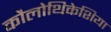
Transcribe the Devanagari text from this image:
कौलोथिकेशिया